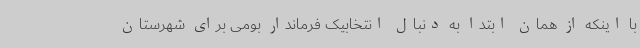
با اینکه از همان ابتدا به دنبال انتخابیک فرماندار بومی برای شهرستان